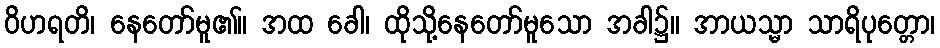
ဝိဟရတိ၊ နေတော်မူ၏။ အထ ခေါ၊ ထိုသို့နေတော်မူသော အခါ၌။ အာယသ္မာ သာရိပုတ္တော၊